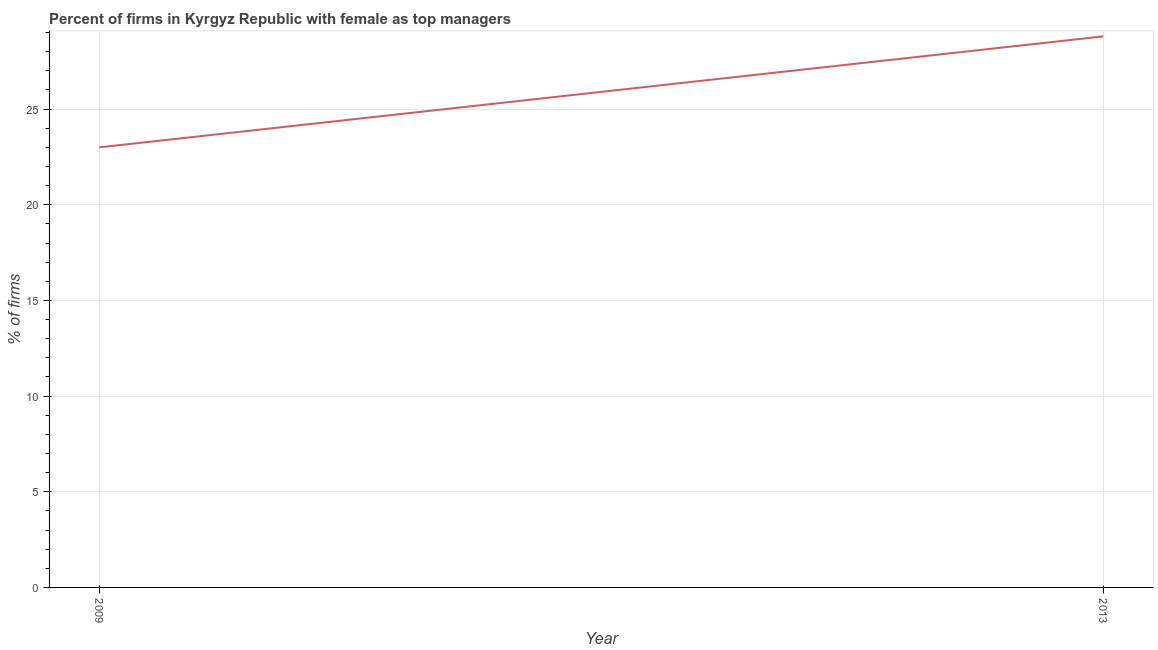
| Year | Firms with female top manager |
 | --- | --- |
 | 2009 | 23 |
 | 2013 | 28.8 |